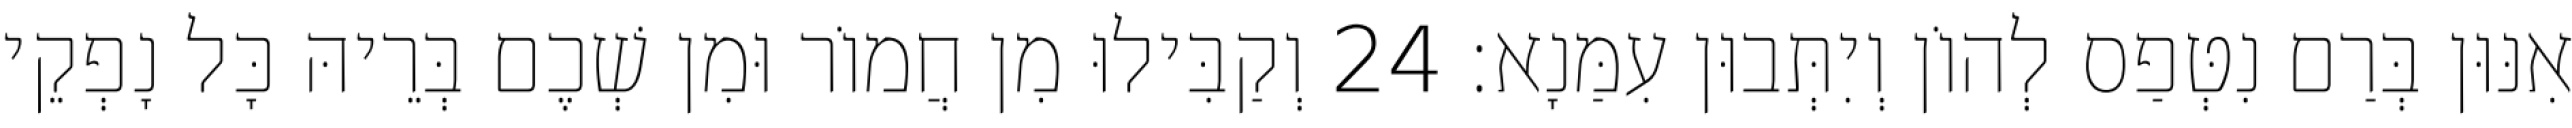
אִנּוּן בְּרַם נִטְּפַס לְהוֹן וְיִתְּבוּן עִמַּנָא׃ 24 וְקַבִּילוּ מִן חֲמוֹר וּמִן שְׁכֶם בְּרֵיהּ כָּל נָפְקֵי